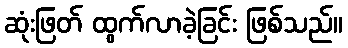
ဆုံးဖြတ် ထွက်လာခဲ့ခြင်း ဖြစ်သည်။